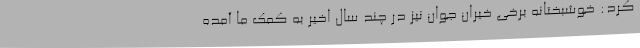
کرد: خوشبختانه برخی خیران جوان نیز در چند سال اخیر به کمک ما آمده